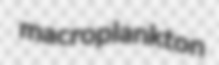
macroplankton